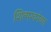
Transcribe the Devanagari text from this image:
शिल्परचनेच्या